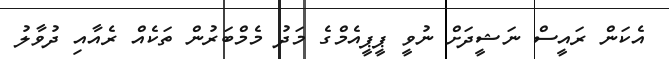
އެކަން ރައީސް ނަޝީދަށް ނުވީ ޕީޕީއެމްގެ މަދު މެމްބަރުން ތަކެއް ރެއާއި ދުވާލު